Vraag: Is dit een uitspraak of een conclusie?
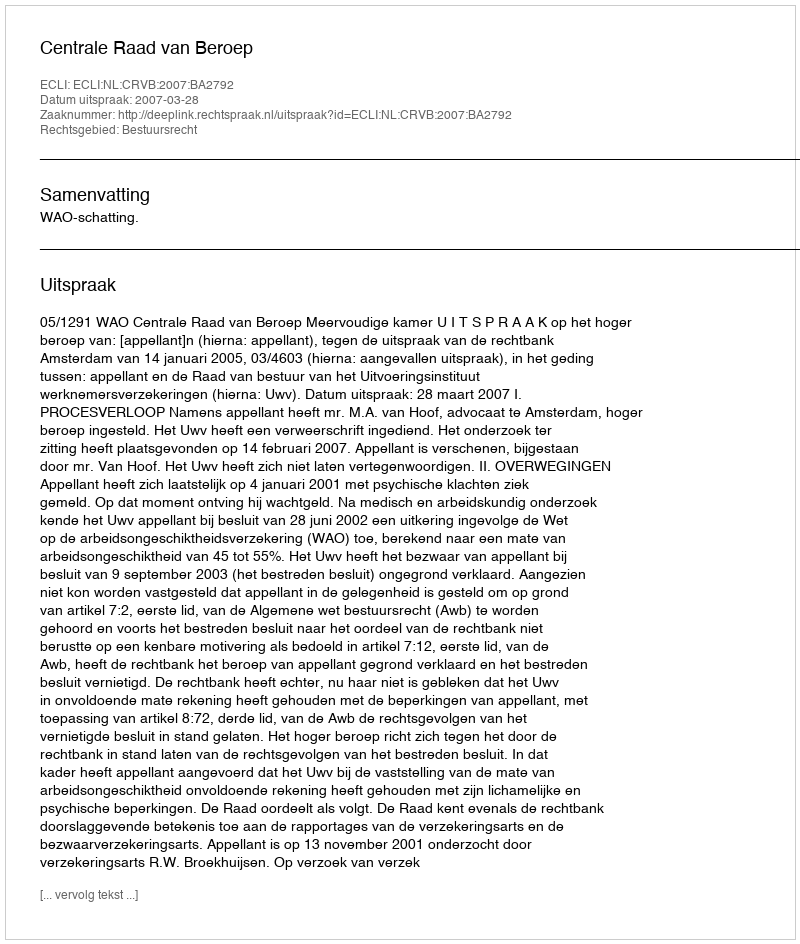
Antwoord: Uitspraak